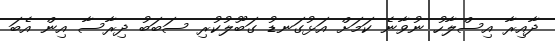
ދާއިރާ އިސްލާހު ނުވާނެ ކަމަށް އަޅުގަނޑު ގަބޫލުކުރި ސަބަބު ދިރާސާ އިން އެބަ